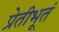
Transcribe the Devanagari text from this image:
प्रेतीभूतं